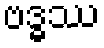
ဗဒ္ဓဿ